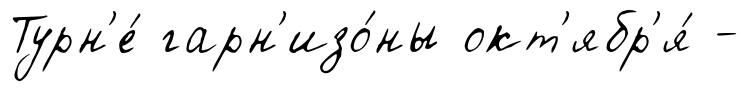
Турн'е́ гарн'изо́ны окт'ябр'я́ -